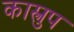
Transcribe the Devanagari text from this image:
कास्त्रुप